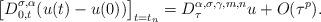
LaTeX: \begin{align*}\left[D^{\sigma,\alpha}_{0,t}(u(t)-u(0))\right]_{t=t_n} =D_{\tau}^{\alpha,\sigma,\gamma,m,n} u+O(\tau^{p}).\end{align*}